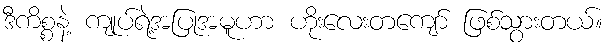
ဒီကိစ္စနဲ့ ကျုပ်ရဲ့အပြုအမူဟာ ဟိုးလေးတကျော် ဖြစ်သွားတယ်။